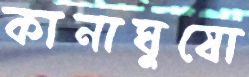
কানাঘুষো